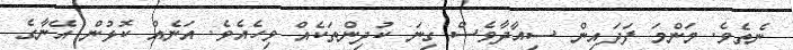
ނެތެވެ. މަންމަ ފަދައިން ސިއާދާވެސް ގިނަ ކުދިންތަކެއް ވިހެއެވެ. އަނެއް ކޮޅުން އޭނާގެ